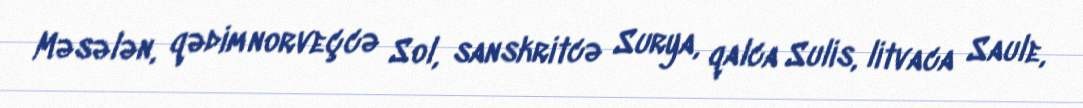
Məsələn, qədim norveçcə Sol, sanskritcə Surya, qalca Sulis, litvaca Saule,